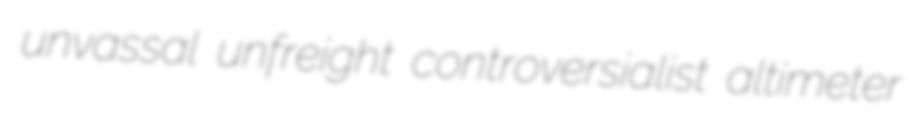
unvassal unfreight controversialist altimeter